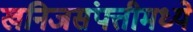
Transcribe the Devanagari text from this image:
खनिजसंपत्तीमध्ये